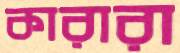
কারারা